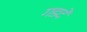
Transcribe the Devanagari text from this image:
गडदे